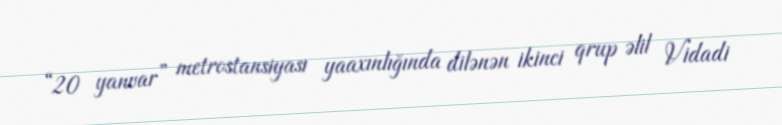
“20 yanvar” metrostansiyası yaaxınlığında dilənən ikinci qrup əlil Vidadi